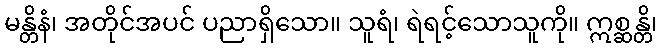
မန္တိနံ၊ အတိုင်အပင် ပညာရှိသော။ သူရံ၊ ရဲရင့်သောသူကို။ ဣစ္ဆန္တိ၊